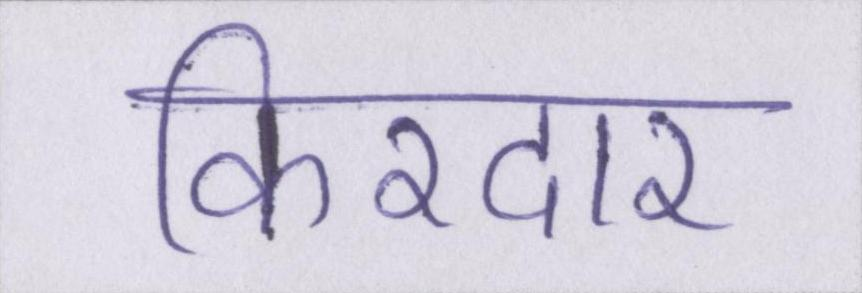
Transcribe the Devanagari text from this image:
किरदार